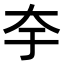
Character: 𭑃